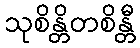
သုစိန္တိတစိန္တီ